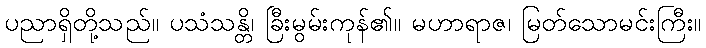
ပညာရှိတို့သည်။ ပသံသန္တိ၊ ခြီးမွမ်းကုန်၏။ မဟာရာဇ၊ မြတ်သောမင်းကြီး။